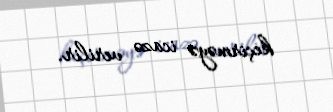
keçirməyə icazə verilir.